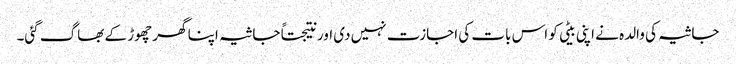
جاثیہ کی والدہ نے اپنی بیٹی کو اس بات کی اجازت نہیں دی اور نتیجتاً جاثیہ اپنا گھر چھوڑ کے بھاگ گئی۔